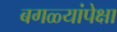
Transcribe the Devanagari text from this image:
बगळ्यांपेक्षा